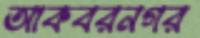
আকবরনগর